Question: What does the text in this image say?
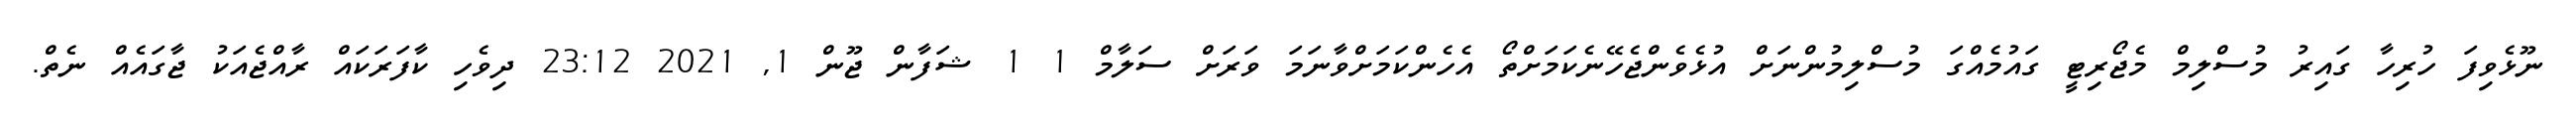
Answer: ނޫޅެވިފަ ހުރިހާ ގައިރު މުސްލިމް މެޖޯރިޓީ ގައުމެއްގަ މުސްލިމުންނަށް އުޅެވެންޖެހޭނެކަމަށްތޯ އެހެންކަމަށްވާނަމަ ވަރަށް ސަލާމް 1 1 ޝަފާން ޖޫން 1, 2021 23:12 ދިވެހި ކާފަރަކައް ރާއްޖެއަކު ޖާގައެއް ނެތް.